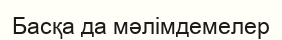
Басқа да мәлімдемелер